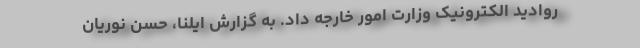
روادید الکترونیک وزارت امور خارجه داد. به گزارش ایلنا، حسن نوریان